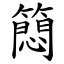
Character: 䉍